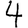
Digit: 4